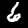
Label: 6